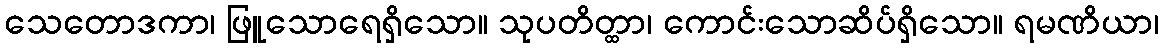
သေတောဒကာ၊ ဖြူသောရေရှိသော။ သုပတိတ္ထာ၊ ကောင်းသောဆိပ်ရှိသော။ ရမဏိယာ၊